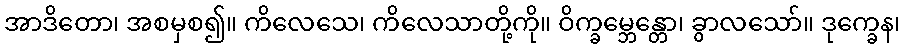
အာဒိတော၊ အစမှစ၍။ ကိလေသေ၊ ကိလေသာတို့ကို။ ဝိက္ခမ္ဘေန္တော၊ ခွာလသော်။ ဒုက္ခေန၊